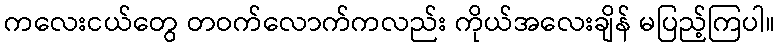
ကလေးငယ်တွေ တဝက်လောက်ကလည်း ကိုယ်အလေးချိန် မပြည့်ကြပါ။